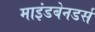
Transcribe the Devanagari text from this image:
माइंडबेनडर्स